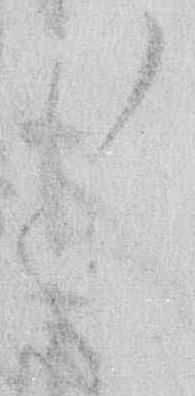
々